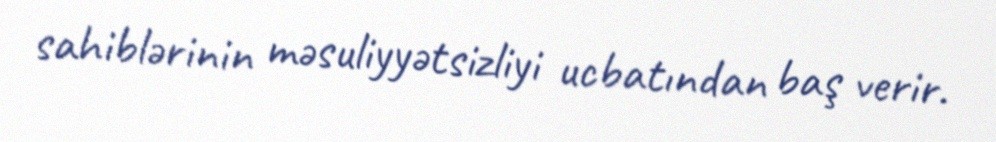
sahiblərinin məsuliyyətsizliyi ucbatından baş verir.